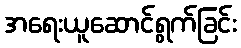
အရေးယူဆောင်ရွက်ခြင်း